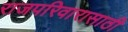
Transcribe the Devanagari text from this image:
राजपरिवारासाठी